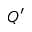
Q ^ { \prime }